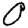
Digit: 0